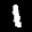
Label: 1